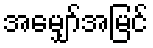
အမျှော်အမြင်